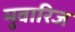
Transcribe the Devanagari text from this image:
मुवारिज